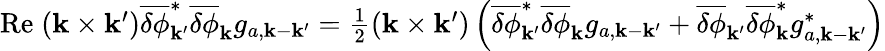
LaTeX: \begin{array}{r}{\mathrm{Re}\; ({\mathbf k}\times{\mathbf k}^{\prime})\overline{{\delta\phi}}_{{\mathbf k}^{\prime}}^{\ast}\overline{{\delta\phi}}_{\mathbf k}g_{a,{\mathbf k}-{\mathbf k}^{\prime}}=\frac{1}{2}({\mathbf k}\times{\mathbf k}^{\prime})\left(\overline{{\delta\phi}}_{{\mathbf k}^{\prime}}^{\ast}\overline{{\delta\phi}}_{\mathbf k}g_{a,{\mathbf k}-{\mathbf k}^{\prime}}+\overline{{\delta\phi}}_{{\mathbf k}^{\prime}}\overline{{\delta\phi}}_{\mathbf k}^{\ast}g_{a,{\mathbf k}-{\mathbf k}^{\prime}}^{\ast}\right)}\end{array}